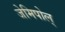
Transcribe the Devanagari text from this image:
जेमिपोल्